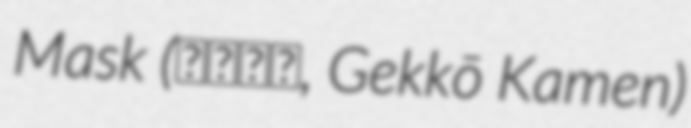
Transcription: Mask (月光仮面, Gekkō Kamen)